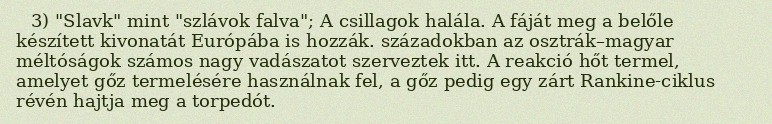
3) "Slavk" mint "szlávok falva"; A csillagok halála. A fáját meg a belőle készített kivonatát Európába is hozzák. századokban az osztrák–magyar méltóságok számos nagy vadászatot szerveztek itt. A reakció hőt termel, amelyet gőz termelésére használnak fel, a gőz pedig egy zárt Rankine-ciklus révén hajtja meg a torpedót.